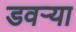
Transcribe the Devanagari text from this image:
डवऱ्या